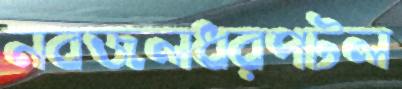
নবজলধরপটল